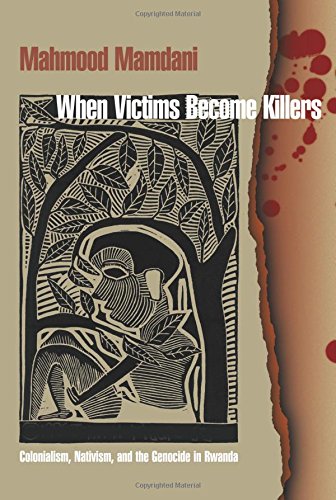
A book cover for When Victims Become Killers: Colonialism, Nativism, and the Genocide in Rwanda; Mahmood Mamdani; Law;